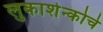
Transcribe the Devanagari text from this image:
लुकाशेन्कोचे